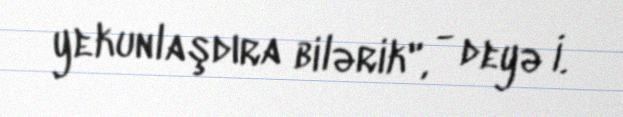
yekunlaşdıra bilərik", - deyə İ.